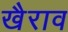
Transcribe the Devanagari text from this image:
खैराव